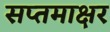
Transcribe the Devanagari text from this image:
सप्तमाक्षर